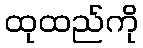
ထုထည်ကို